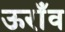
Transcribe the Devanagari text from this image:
ऊराँव